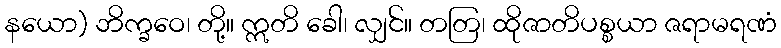
နယော) ဘိက္ခဝေ၊ တို့။ ဣတိ ခေါ၊ လျှင်။ တတြ၊ ထိုဇာတိပစ္စယာ ဇရာမရဏံ